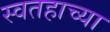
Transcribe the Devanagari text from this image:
स्वतहाच्या